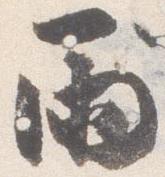
雨